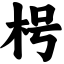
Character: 枵